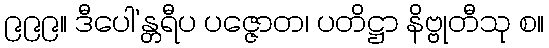
၉၉၉။ ဒီပေါ’န္တရီပ ပဇ္ဇောတ၊ ပတိဋ္ဌာ နိဗ္ဗုတီသု စ။